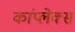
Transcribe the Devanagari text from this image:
कांप्लेक्स